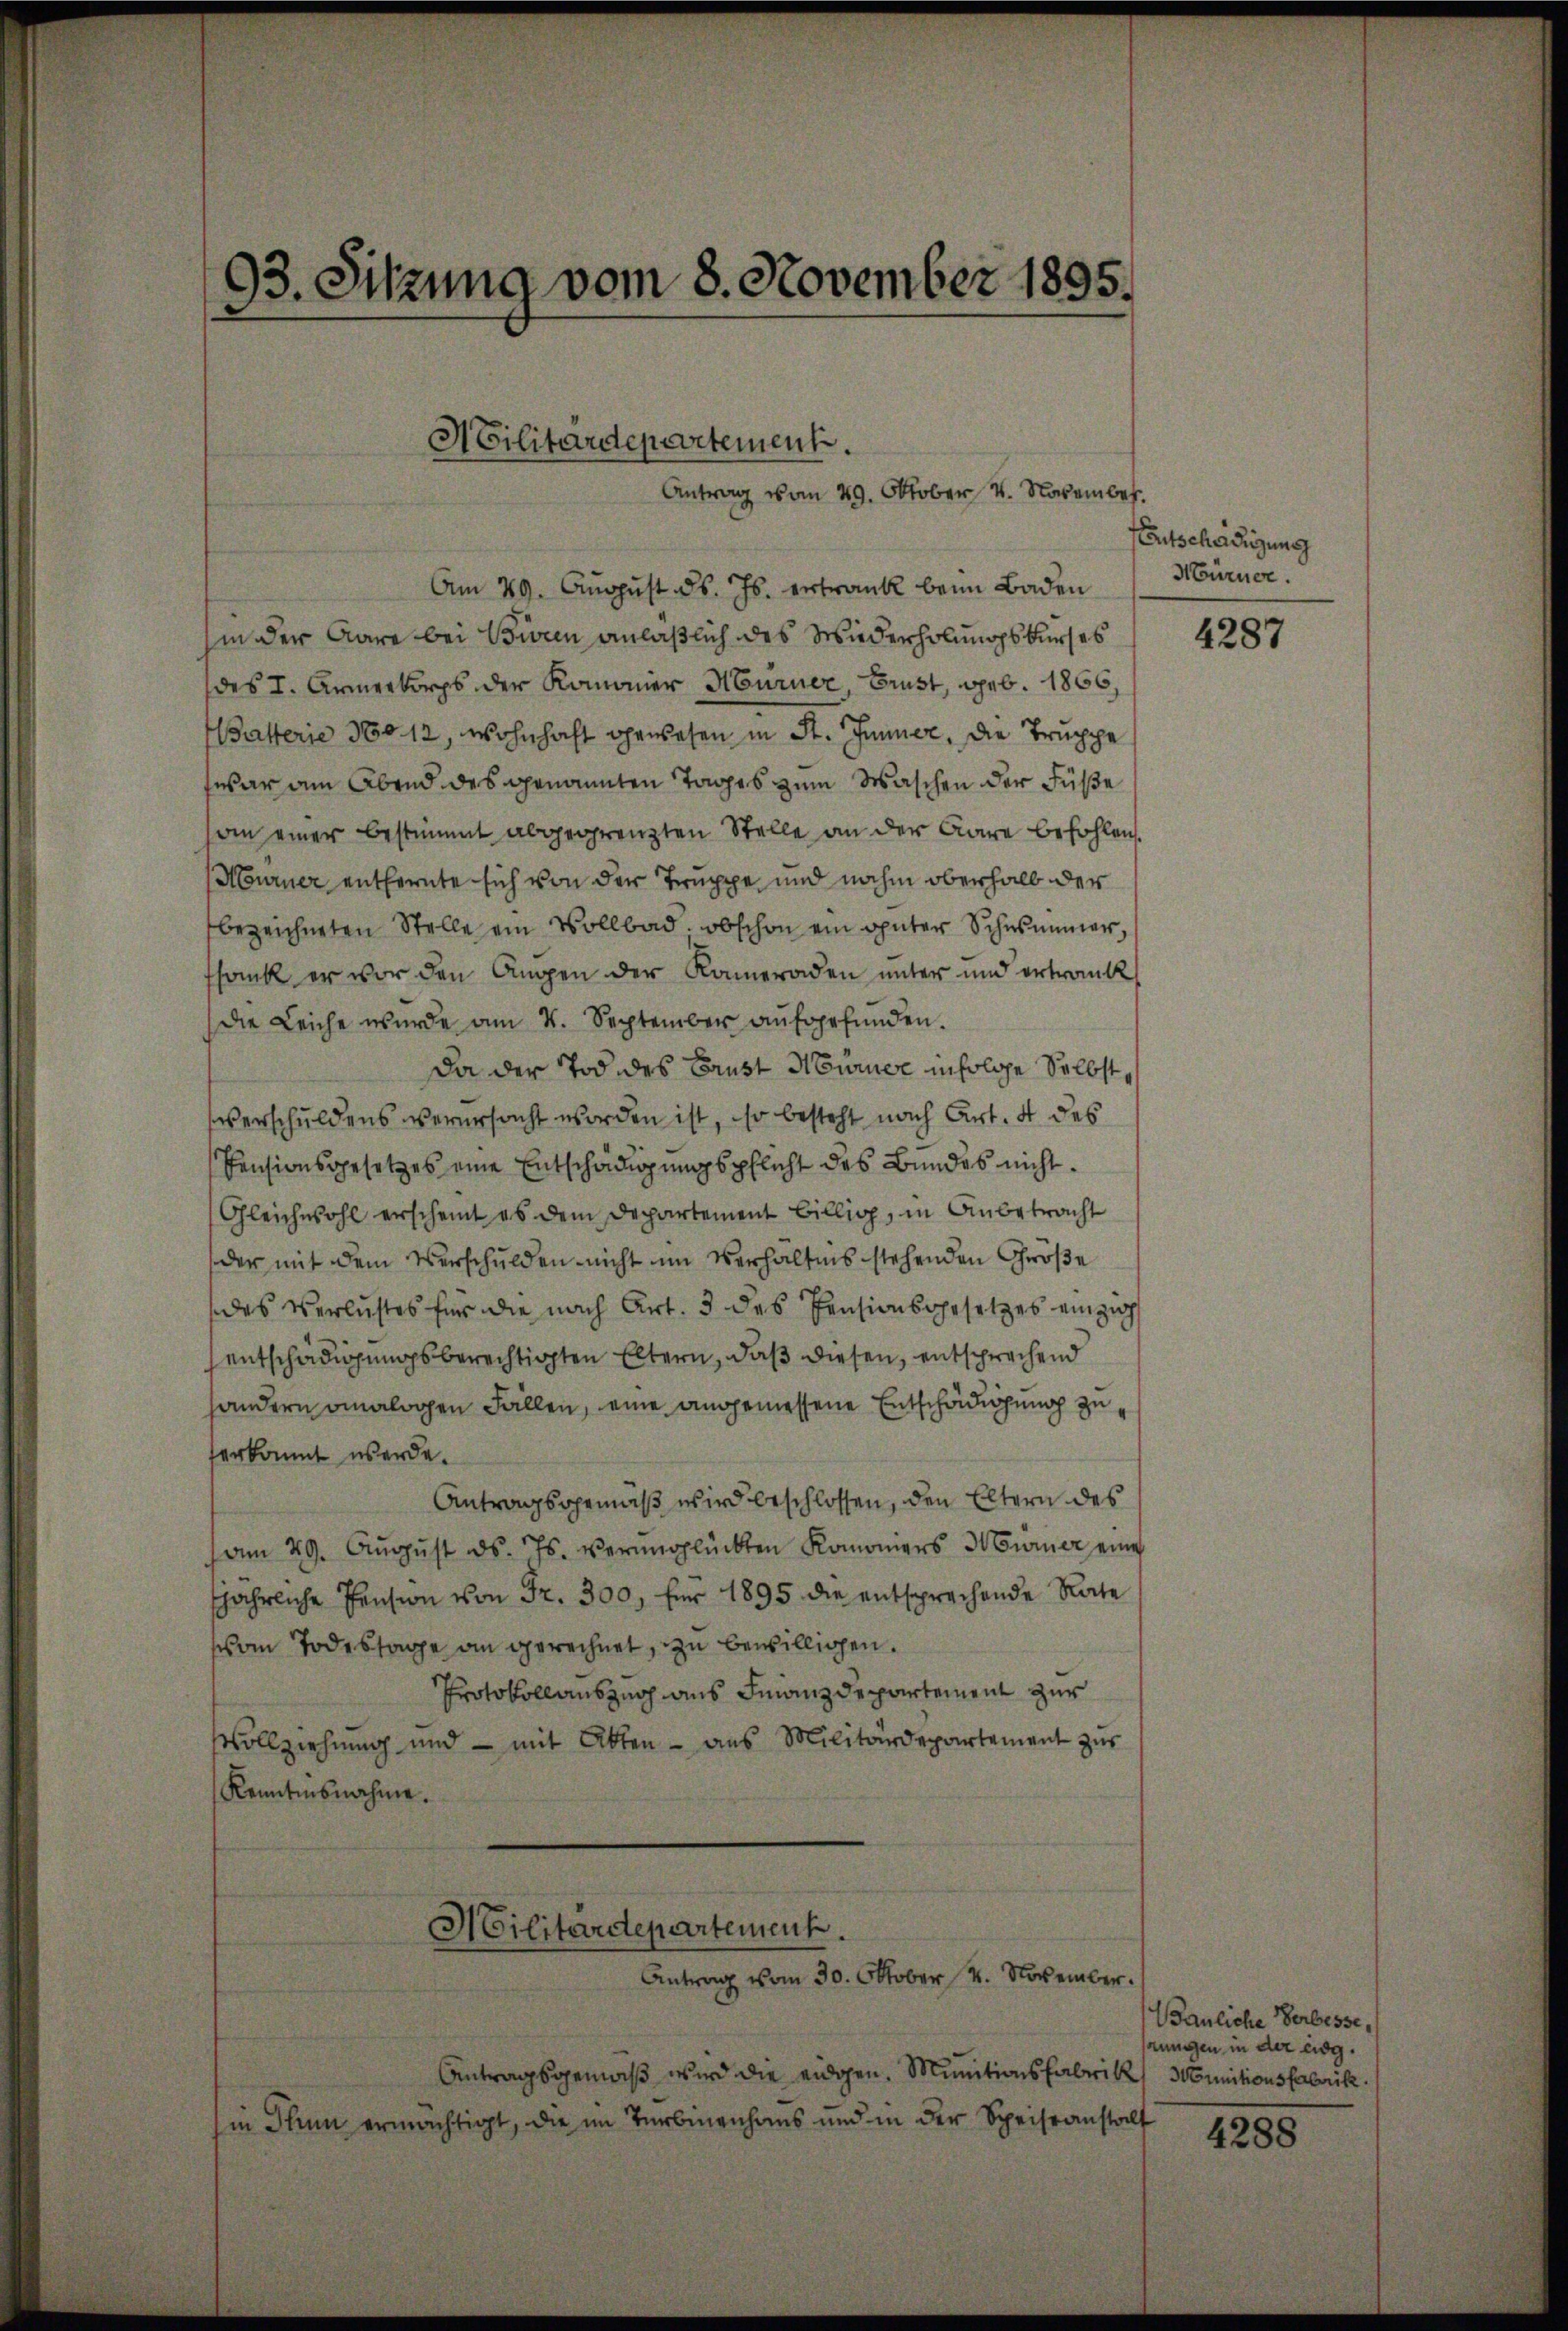
93. Sitzung vom 8. November 1895.

Abilitärdepartement.
Antrag vom 29. Oktober 4. November.

Am 29. August ds. Js. ertrank beim Baden
hin der Aare bei Biven anläßlich des Wiederholungskurses
des I. Armerkorps der Komanier Murner, Brust, geb. 1866,
Batterie 360. 12, wohnhaft gewesen in St. Immer, die Truppe
war am Abend des genannten Tages zum Waschen der Füße
am einer bestimmt abgegrenzten Stelle an der Aare befohlen.
Murner entfernte sich von der Truppe, und nahm oberhalb der
bezeichneten Stelle ein Vollbad, obschon ein guter Schwimmer,
fsank er vor den Augen der Kameraden unter und ertrank
Die Leiche wurde am 4. September aŭfgefŭnden.
Da der Tod des Brust Mürnee infolge Selbstverschuldens verursacht worden ist, so besteht nach Art. 4 des
Pensionsgesetzes eine Entschädigungspflicht des Bundes nicht.
Gleichwohl erscheint es dem Departement Billig, in Anbetracht
der mit dem Verschulden nicht im Verhältnis stehenden Größe
des Verlustes für die nach Art. 3 des Pensionsgesetzes einzig
entschädigungsberechtigten Eltern, daß diesen, entsprechend
handern analogen Fällen, eine angemessene Entschädigung zu
erkannt werde.
Antragsgemäß wird beschlossen, den Eltern des
am 29. Aŭgŭst ds. Js. verglückten Komomers Meiner eine
sjährliche Pension von Fr. 300, für 1895 die entsprechende Rate
vom Todessage an gerechnet, zu bewilligen.
Protokollauszug aus Finanzdepartement zur
Vollziehung und - mit Akten - aus Militärdepartement zur
Kenntnisnahme.
Militärdepartement.
Antrag vom 30. Oktober 4. November.

Antragsgemäß wird die eidgen. Munitionsfabrik, Munitionsfabrik.
in Thun ermächtigt, die im Turbenenhaus und in der Speiseanstalt

Entschädigung
Hürner.

4287

Bauliche Verbesse,
hrungen in der eidg.

4288